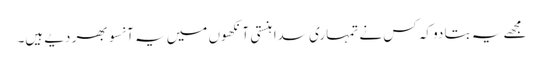
مجھے یہ بتا دو کہ کس نے تمہاری سدا ہنستی آنکھوں میں یہ آنسو بھر دیے ہیں۔